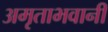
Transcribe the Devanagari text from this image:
अमृताभवानी